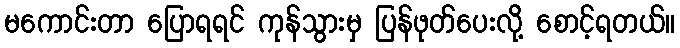
မကောင်းတာ ပြောရရင် ကုန်သွားမှ ပြန်ဖုတ်ပေးလို့ စောင့်ရတယ်။